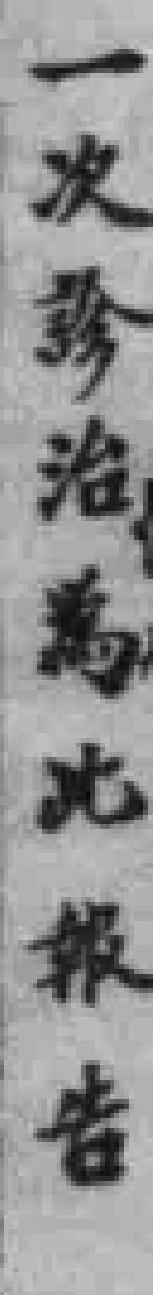
一次診治為此報告